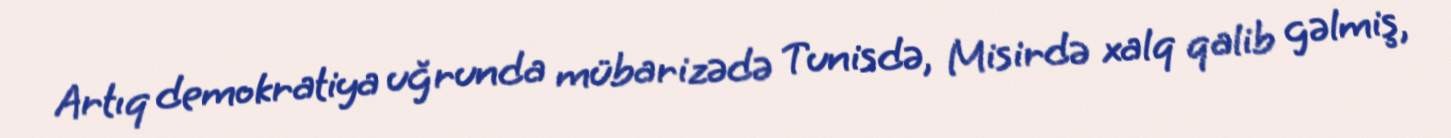
Artıq demokratiya uğrunda mübarizədə Tunisdə, Misirdə xalq qalib gəlmiş,